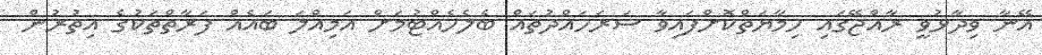
އޭނާ ވިދާޅުވީ ރާއްޖޭގައި ހިމާޔަތްކޮށްފައިވާ ސަރަހައްދުތައް ބެލެހެއްޓުމަށް އަމިއްލަ ބައެއް ފަރާތްތަކުގެ އިތުރުން